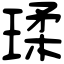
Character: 瑈